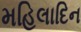
મહિલાદિન